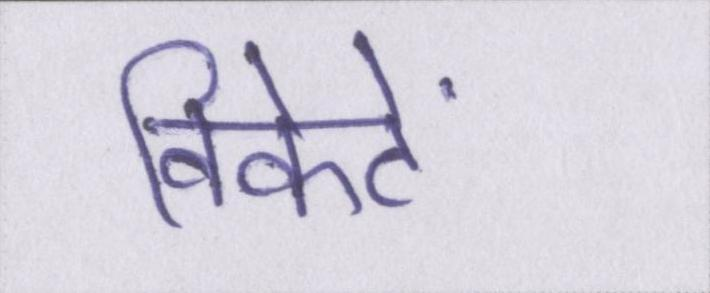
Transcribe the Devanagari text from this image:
विकेटें